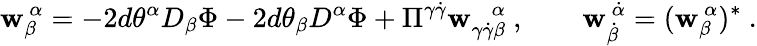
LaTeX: {\mathbf{w}}_{\beta}^{~\alpha}=-2d\theta^{\alpha}D_{\beta}\Phi-2d\theta_{\beta}D^{\alpha}\Phi+\Pi^{\gamma\dot{{\gamma}}}\mathbf{w}_{\gamma\dot{{\gamma}}\beta}^{~~~~\alpha}~,\qquad\mathbf{w}_{\dot{{\beta}}}^{~\dot{{\alpha}}}=(\mathbf{w}_{\beta}^{~\alpha})^{*}~.